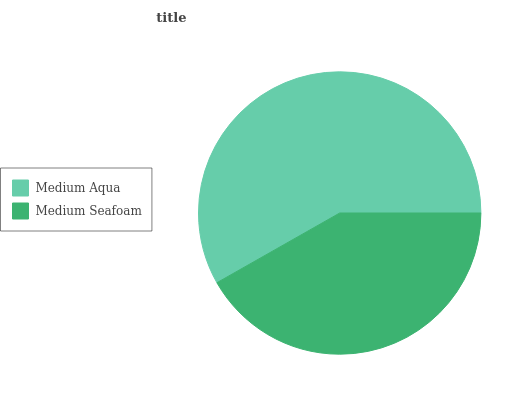
| Medium Aqua | Medium Seafoam |
 | --- | --- |
 | 58.2% | 41.8% |